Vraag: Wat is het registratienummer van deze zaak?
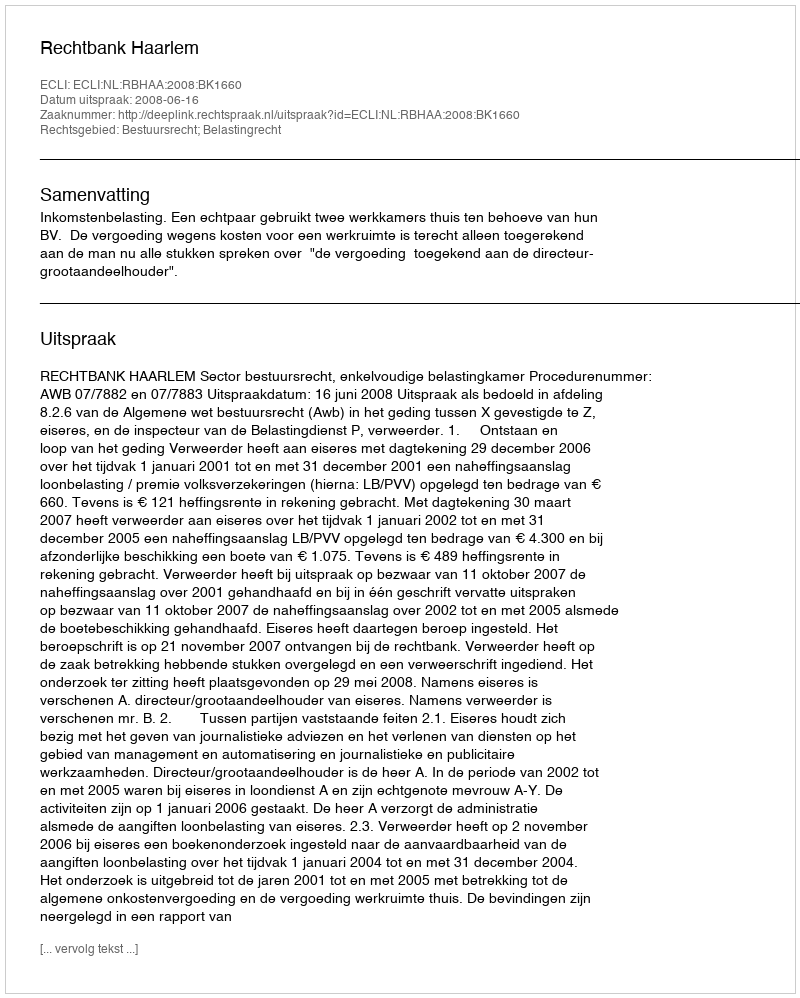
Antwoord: http://deeplink.rechtspraak.nl/uitspraak?id=ECLI:NL:RBHAA:2008:BK1660